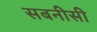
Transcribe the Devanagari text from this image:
सबनीसी